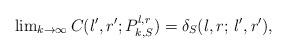
LaTeX: \begin{align*} \lim \nolimits_{k \to \infty} C(l',r';P_{k,S}^{l,r}) = \delta_S(l,r; \, l',r'),\end{align*}